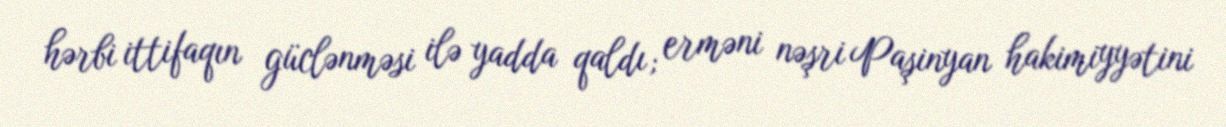
hərbi ittifaqın güclənməsi ilə yadda qaldı; erməni nəşri Paşinyan hakimiyyətini